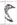
Text: S